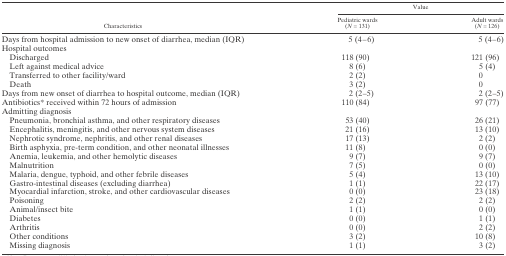
| <ROWSPAN=2> Characteristics | <COLSPAN=2> Value |
 | Pediatric wards (N = 131) | Adult wards (N = 126) |
 | --- | --- | --- |
 | Days from hospital admission to new onset of diarrhea, median (IQR) | 5 (4–6) | 5 (4–6) |
 | <COLSPAN=3> Hospital outcomes |
 | Discharged | 118 (90) | 121 (96) |
 | Left against medical advice | 8 (6) | 5 (4) |
 | Transferred to other facility/ward | 2 (2) | 0 |
 | Death | 3 (2) | 0 |
 | Days from new onset of diarrhea to hospital outcome, median (IQR) | 2 (2–5) | 2 (2–5) |
 | Antibiotics* received within 72 hours of admission | 110 (84) | 97 (77) |
 | <COLSPAN=3> Admitting diagnosis |
 | Pneumonia, bronchial asthma, and other respiratory diseases | 53 (40) | 26 (21) |
 | Encephalitis, meningitis, and other nervous system diseases | 21 (16) | 13 (10) |
 | Nephrotic syndrome, nephritis, and other renal diseases | 17 (13) | 2 (2) |
 | Birth asphyxia, pre-term condition, and other neonatal illnesses | 11 (8) | 0 (0) |
 | Anemia, leukemia, and other hemolytic diseases | 9 (7) | 9 (7) |
 | Malnutrition | 7 (5) | 0 (0) |
 | Malaria, dengue, typhoid, and other febrile diseases | 5 (4) | 13 (10) |
 | Gastro-intestinal diseases (excluding diarrhea) | 1 (1) | 22 (17) |
 | Myocardial infarction, stroke, and other cardiovascular diseases | 0 (0) | 23 (18) |
 | Poisoning | 2 (2) | 2 (2) |
 | Animal/insect bite | 1 (1) | 0 (0) |
 | Diabetes | 0 (0) | 1 (1) |
 | Arthritis | 0 (0) | 2 (2) |
 | Other conditions | 3 (2) | 10 (8) |
 | Missing diagnosis | 1 (1) | 3 (2) |